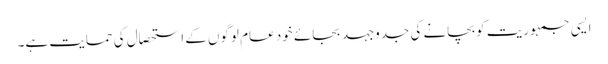
ایسی جمہوریت کو بچانے کی جدوجہد بجائے خود عام لوگوں کے استحصال کی حمایت ہے۔